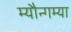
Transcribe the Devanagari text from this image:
म्यौन्गम्या